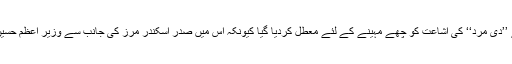
اسی سال کراچی سے شائع ہونےوالے معروف انگریزی ماہنامے ’’دی مرد‘‘ کی اشاعت کو چھے مہینے کے لئے معطل کردیا گیا کیونکہ اس میں صدر اسکندر مرز کی جانب سے وزیر اعظم حسین شہید سہروردی کی معزولی کے فیصلے پر تنقید کی گئی تھی۔